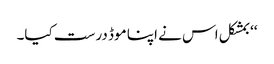
‘‘ بمشکل اس نے اپنا موڈ درست کیا۔